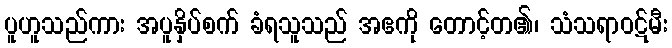
ပူဟူသည်ကား အပူနှိပ်စက် ခံရသူသည် အဧကို တောင့်တ၏၊ သံသရာဝဋ်မီး